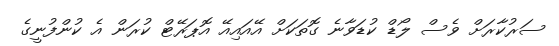
ސަރުކާރަށް ވެސް ލޯޑް ކުޑަވާނެ ގޮތަކަށް އޭއައިއޭ އޮޕަރޭޓް ކުރަން އެ ކުންފުނީގެ